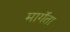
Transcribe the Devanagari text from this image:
मागॅता